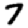
Digit: 7